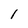
Character: 1